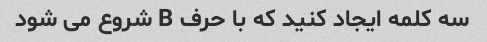
سه کلمه ایجاد کنید که با حرف B شروع می شود